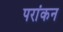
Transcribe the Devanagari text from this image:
परांकन